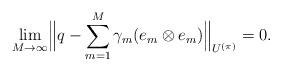
LaTeX: \begin{align*} \lim\limits_{M\to \infty} \Bigl\| q - \sum\limits_{m=1}^{M} \gamma_m (e_m \otimes e_m) \Bigr\|_{U^{(\pi)}} = 0. \end{align*}